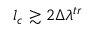
l _ { c } \gtrsim 2 \Delta \lambda ^ { t r }